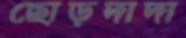
ছোড়দাদা